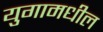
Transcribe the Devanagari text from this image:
युगामधील